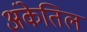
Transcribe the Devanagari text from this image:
अंकेतिल